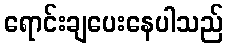
ရောင်းချပေးနေပါသည်